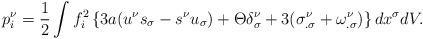
LaTeX: \begin{align*}p_{i}^{\nu }=\frac{1}{2}\int f_{i}^{2}\left\{ 3a(u^{\nu }s_{\sigma }-s^{\nu}u_{\sigma })+\Theta \delta _{\sigma }^{\nu }+3(\sigma _{.\sigma }^{\nu}+\omega _{.\sigma }^{\nu })\right\} dx^{\sigma }dV. \end{align*}